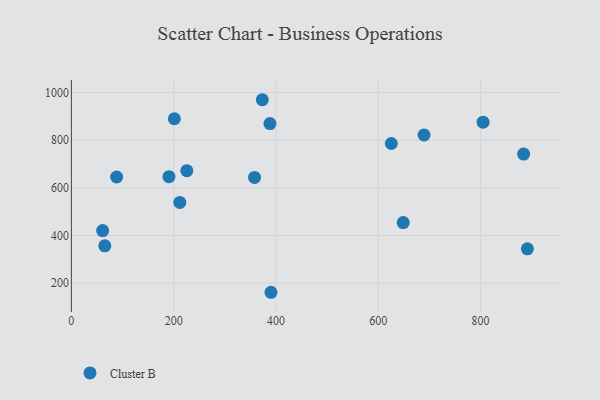
{"axis": {"x": "Engine Size", "y": "Yield"}, "legend": ["Cluster B"], "data": [{"x": "212.0", "y": 539.0, "type": "Cluster B"}, {"x": "891.5", "y": 344.1, "type": "Cluster B"}, {"x": "884.2", "y": 741.7, "type": "Cluster B"}, {"x": "190.8", "y": 646.8, "type": "Cluster B"}, {"x": "648.8", "y": 454.2, "type": "Cluster B"}, {"x": "65.4", "y": 356.6, "type": "Cluster B"}, {"x": "689.5", "y": 821.7, "type": "Cluster B"}, {"x": "88.5", "y": 645.6, "type": "Cluster B"}, {"x": "390.2", "y": 161.9, "type": "Cluster B"}, {"x": "388.2", "y": 869.5, "type": "Cluster B"}, {"x": "201.3", "y": 889.8, "type": "Cluster B"}, {"x": "804.9", "y": 875.6, "type": "Cluster B"}, {"x": "373.3", "y": 969.7, "type": "Cluster B"}, {"x": "225.7", "y": 672.1, "type": "Cluster B"}, {"x": "358.1", "y": 643.7, "type": "Cluster B"}, {"x": "625.5", "y": 786.1, "type": "Cluster B"}, {"x": "61.1", "y": 420.9, "type": "Cluster B"}]}